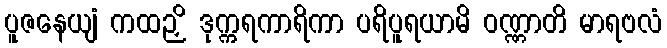
ပူဇနေယျံ ကထဉှိ ဒုက္ကရကာရိကာ ပရိပူရယာမိ ဝဏ္ဏာတိ မာရဗလံ